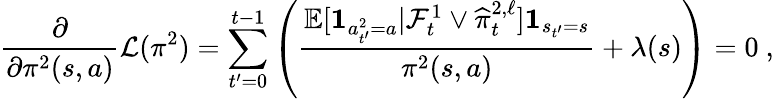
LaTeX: \frac{\partial}{\partial\pi^{2}(s,a)}\mathcal L(\pi^{2})=\sum_{t^{\prime}=0}^{t-1}\left(\frac{\mathbb E[\mathbf 1_{a_{t^{\prime}}^{2}=a}|\mathcal F_{t}^{1}\vee\widehat{\pi}_{t}^{2,\ell}]\mathbf 1_{s_{t^{\prime}}=s}}{\pi^{2}(s,a)}+\lambda(s)\right)=0\ ,